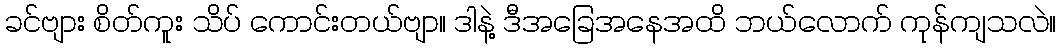
ခင်ဗျား စိတ်ကူး သိပ် ကောင်းတယ်ဗျာ။ ဒါနဲ့ ဒီအခြေအနေအထိ ဘယ်လောက် ကုန်ကျသလဲ။